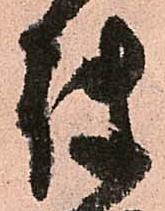
使